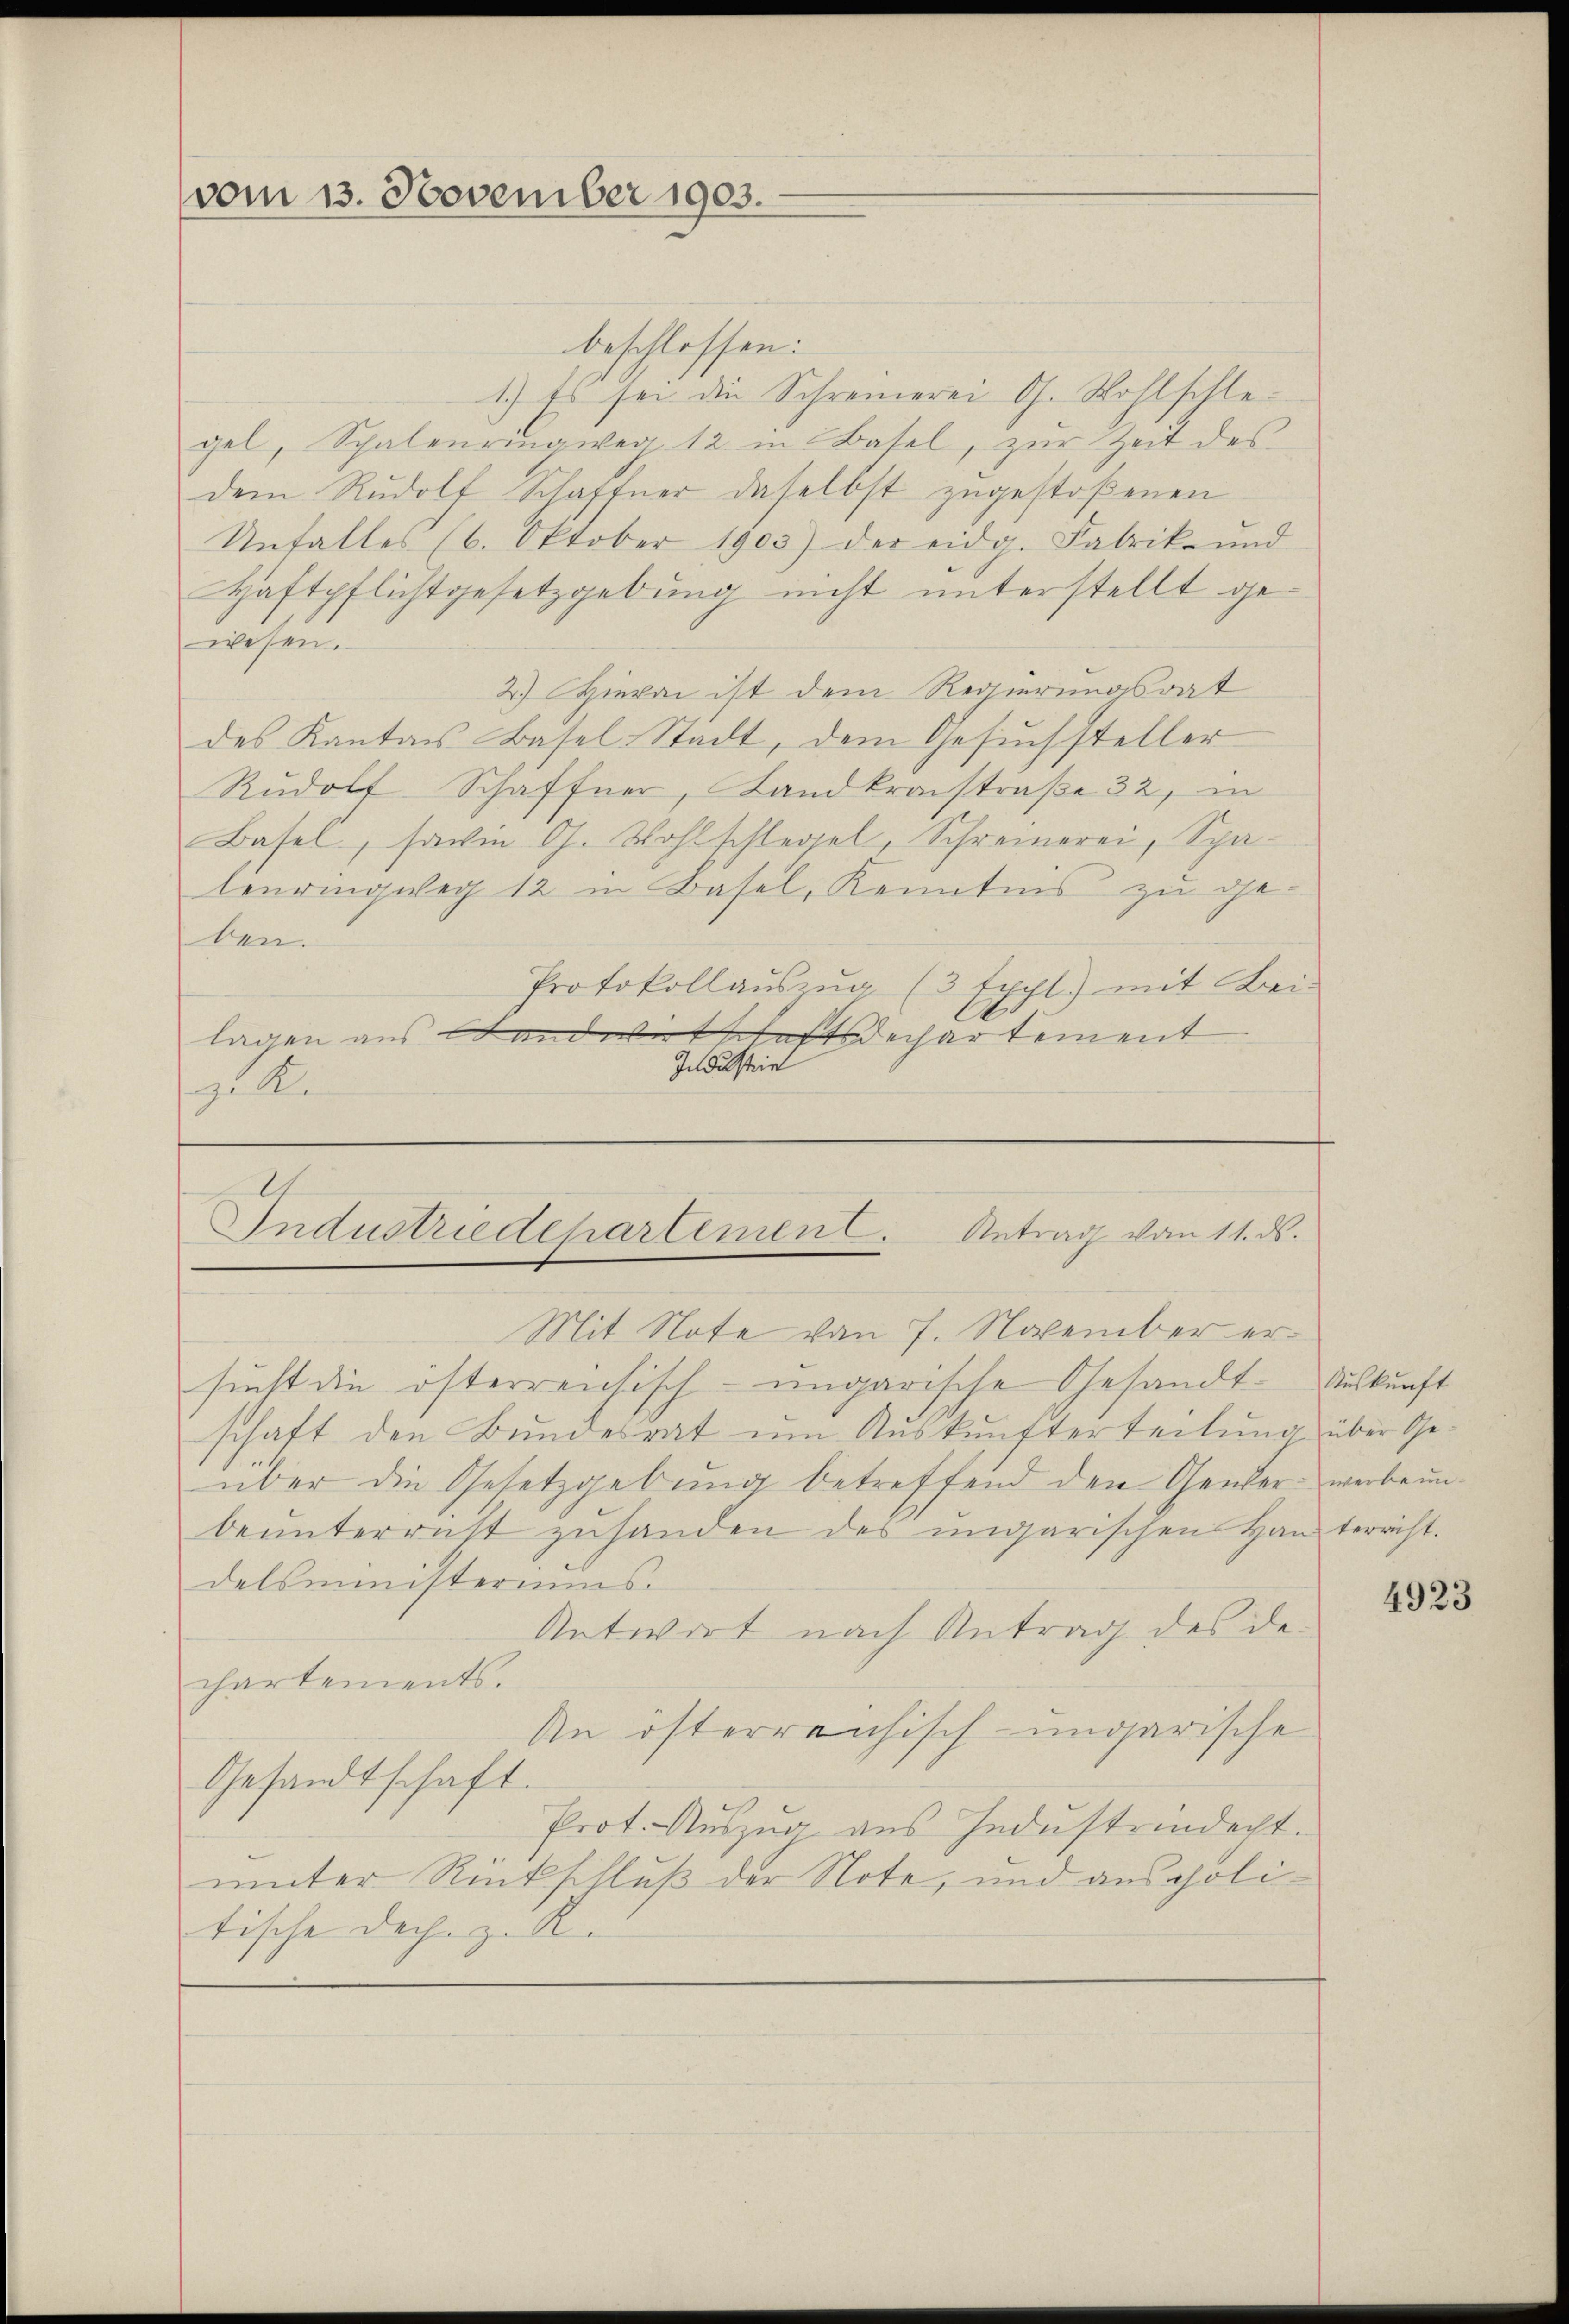
vom 13. November 1903.

beschlossen:
1.) Es sei die Schreinerei G. Wohlschlegel, Schalenringwen 12 in Basel, zŭr Zeit des
dem Rudolf Schaftner daselbst zugestoßenen
Unfalles (6. Oktober 1903) der eidg. Fabrik- und
Haftpflichtgesetzgebung nicht unterstellt gewesen.
2.) Hievon ist dem Regierungsrat
des Kantons Basel-Stadt, dem Gesuchsteller
Rŭdolf Schaffner, Landkraistraße 32, in
Basel, sani G. Wohlschlegel, Schreinerei, Spalenringweg 12 in Basel, Kenntnis zu geben.
Protokollaŭszŭg (3 Expt) mit Bei-
lagen aus Landwirtschaft dechartement
Industrie
.
Industriedepartement. Antrag vom 11. ds.
Mit Note von 7. November ersucht die österrentisch-ungarische Gesandt. Auskunft
schaft den Bundesrat um Auskunfterteilung über Geüber die Gesetzgebung betreffend den Gener verbeunbeŭnterricht zŭhanden des ungarischen Hans terricht.
delsministeriums.
Antwort nach Antrag des dechartements.
An österreichisch-ungarische
Gesandtschaft.
Prot. Auszug aus Industrindecht.
unter Rückschluß der Note, und aus politische Dache z. R.

4923